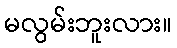
မလွမ်းဘူးလား။